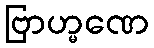
ဗြာဟ္မဏေ